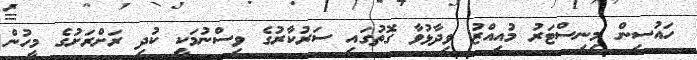
ހައުސިން މިނިސްޓަރު މުއިއްޒު ވިދާޅުވާ ގޮތުގައި ސަރުކާރުގެ ވިސްނުމަކީ ކުދި ރަށްރަށުގެ މީހުން